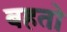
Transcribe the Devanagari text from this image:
बहतो